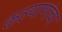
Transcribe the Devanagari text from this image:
कल्याणांचा